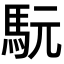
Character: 𩢄